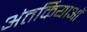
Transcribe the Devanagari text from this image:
अंतर्कियाओं